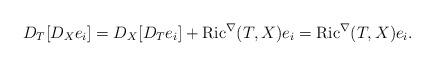
LaTeX: \begin{align*}D_T[D_Xe_i]=D_X[D_Te_i]+{\rm Ric}^\nabla (T,X)e_i={\rm Ric}^\nabla (T,X)e_i.\end{align*}